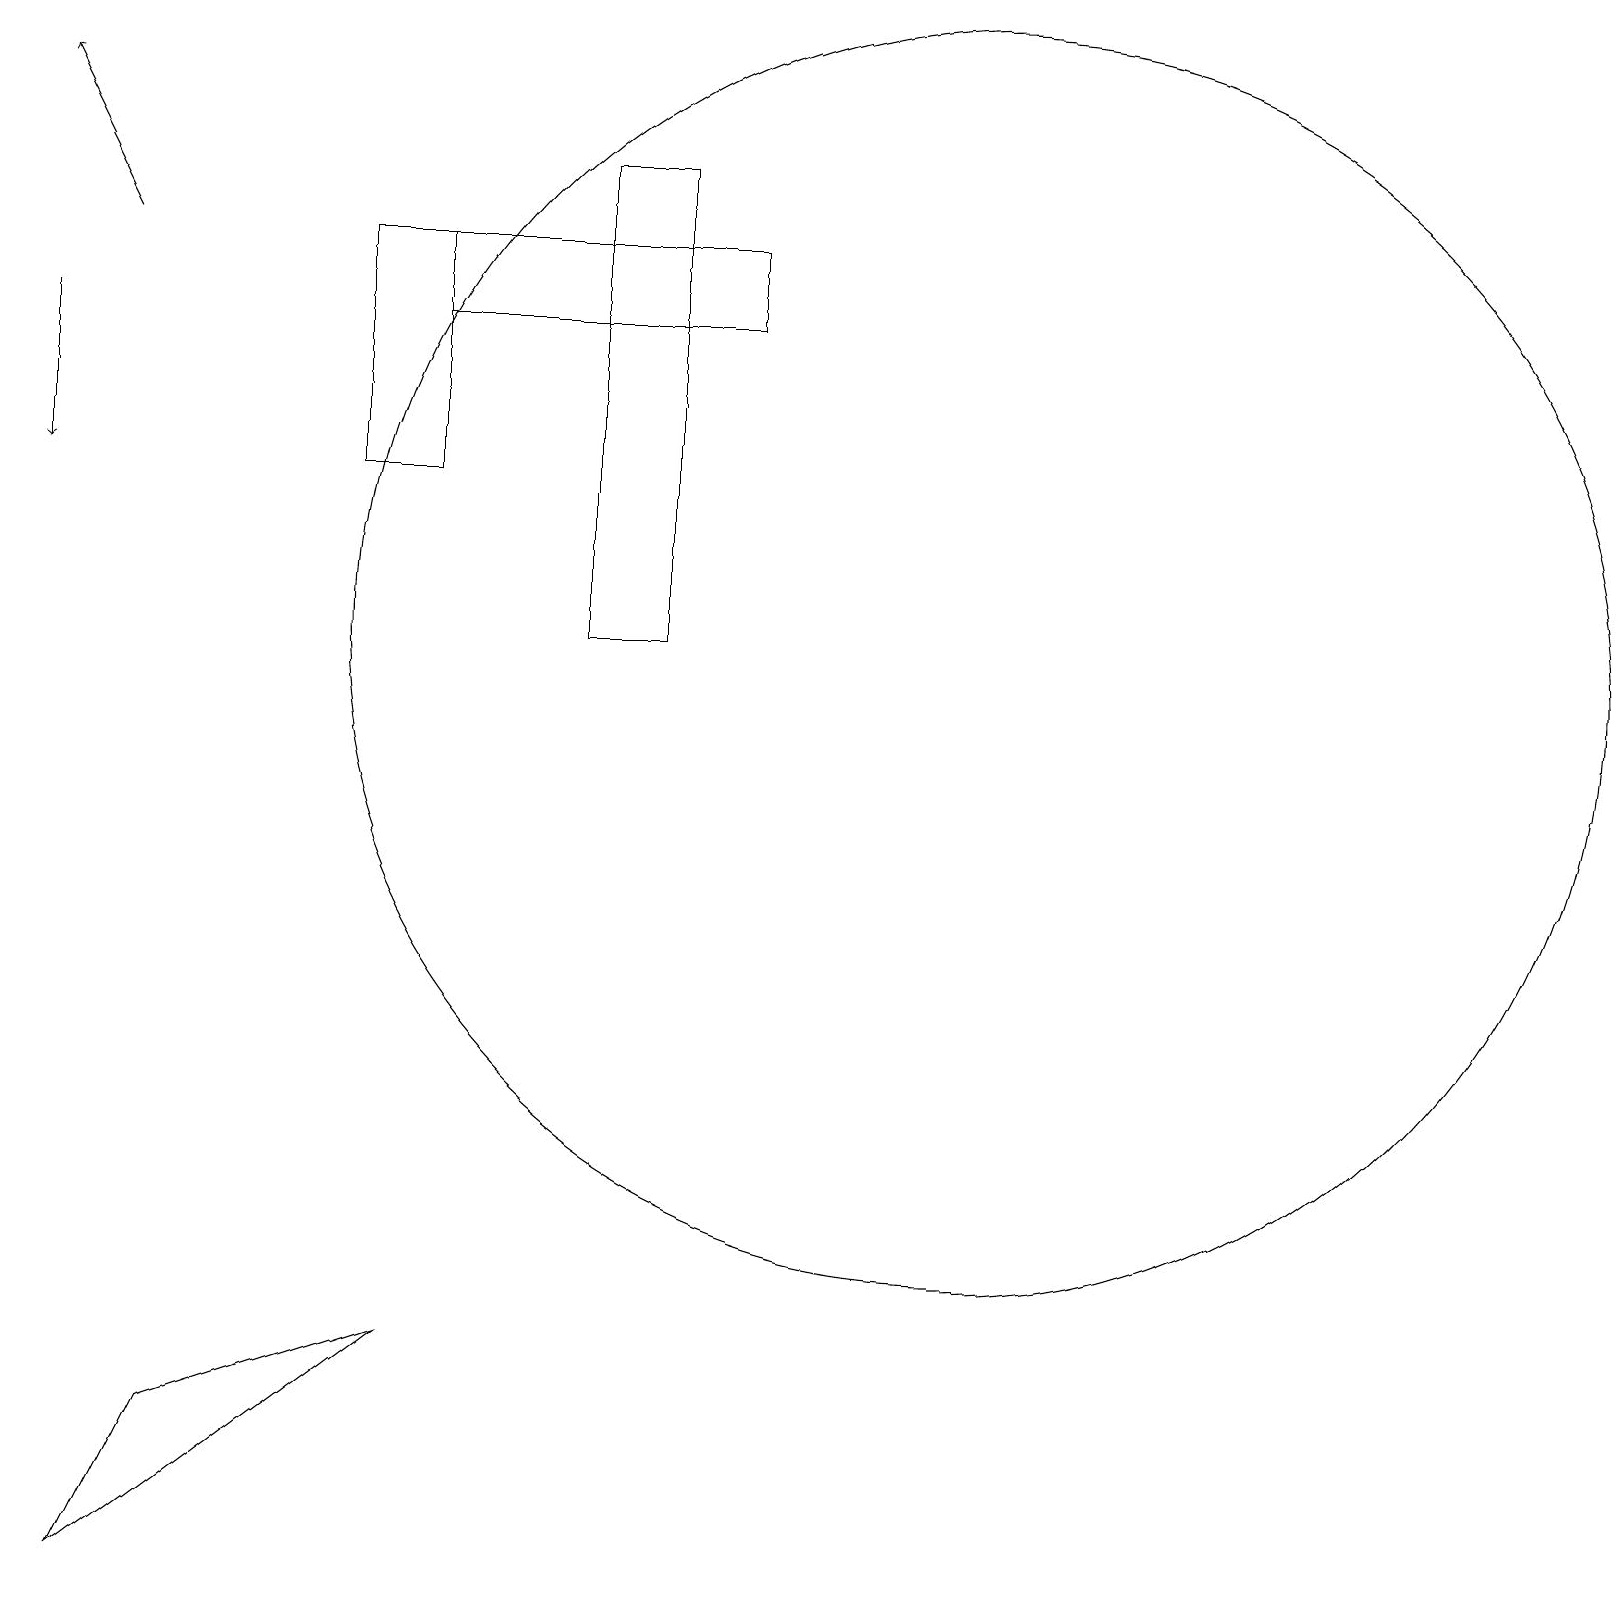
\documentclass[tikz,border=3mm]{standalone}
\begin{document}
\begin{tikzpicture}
\draw[->] (1,17) -- (0,19);
\draw (12,12) circle (8);
\draw (5,14) rectangle (4,17);
\draw (9,17) rectangle (5,16);
\draw (2,2) -- (1,0) -- (5,3) -- cycle;
\draw (8,12) rectangle (7,18);
\draw[->] (0,16) -- (0,14);
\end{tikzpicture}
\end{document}